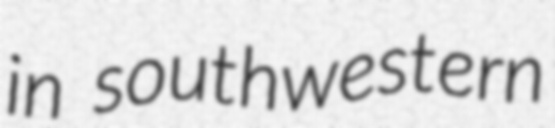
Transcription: in southwestern